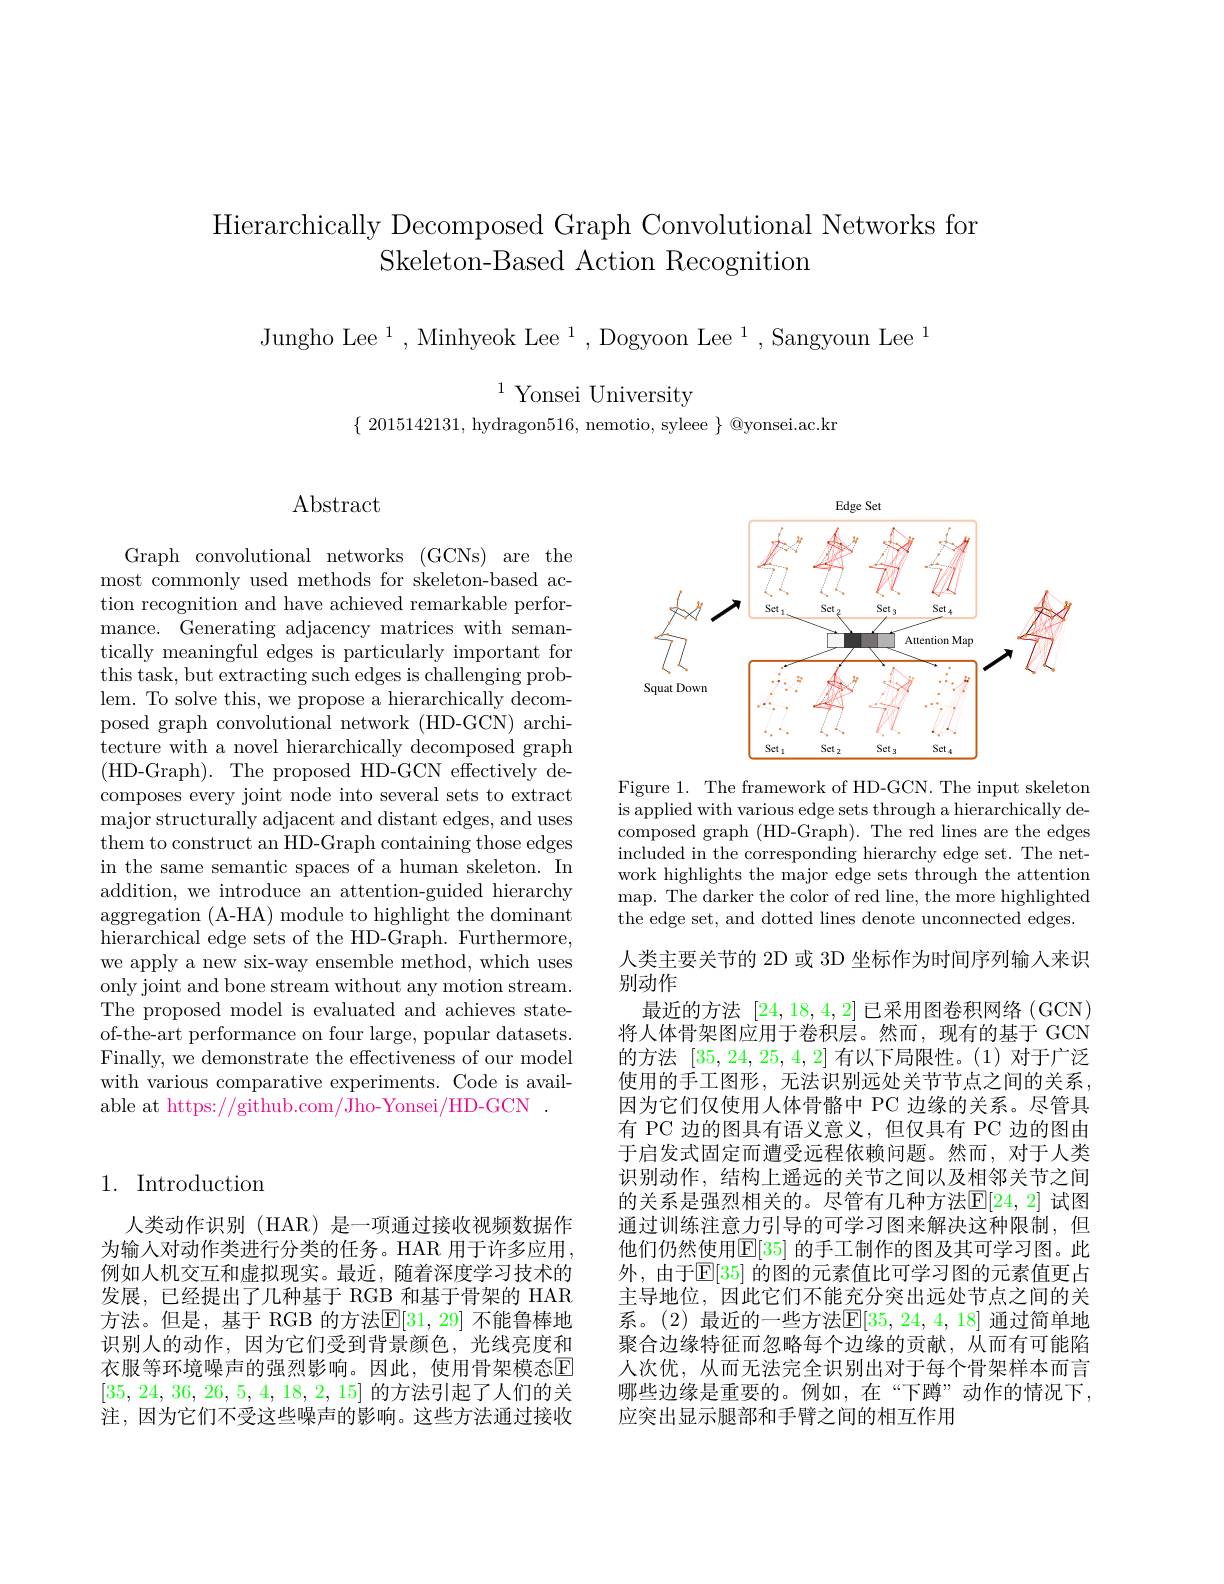
Hierarchically Decomposed Graph Convolutional Networks for

Skeleton-Based Action Recognition

Jungho Lee$^1$,Minhyeok Lee$^1$,Dogyoon Lee$^1$,Sangyoun Lee$^1$

$^{1}$ Yonsei University

$\{\begin{array}{cc}2015142131,&\text{hydragon}516,&\text{nemotio, syleee}\end{array}\}\begin{array}{c}\textcircled{\text{Qyonsei.ac.kn}}\\\end{array}$

Abstract

Graph convolutional networks (GCNs) are the most commonly used methods for skeleton-based action recognition and have achieved remarkable performance. Generating adjacency matrices with semantically meaningful edges is particularly important for this task, but extracting such edges is challenging problem. To solve this, we propose a hierarchically decomposed graph convolutional network (HD-GCN) architecture with a novel hierarchically decomposed graph (HD-Graph).The proposed HD-GCN effectively decomposes every joint node into several sets to extract major structurally adjacent and distant edges, and uses them to construct an HD-Graph containing those edges in the same semantic spaces of a human skeleton. In addition, we introduce an attention-guided hierarchy aggregation (A-HA) module to highlight the dominant hierarchical edge sets of the HD-Graph. Furthermore, we apply a new six-way ensemble method, which uses only joint and bone stream without any motion stream. The proposed model is evaluated and achieves stateof-the-art performance on four large, popular datasets. Finally, we demonstrate the effectiveness of our model with various comparative experiments. Code is available at https://github.com/Jho-Yonsei/HD-GCN~.

## 1. Introduction

人类动作识别 (HAR) 是一项通过接收视频数据作为输人对动作类进行分类的任务。HAR 用于许多应用例如人机交互和虚拟现实。最近，随着深度学习技术的发展，已经提出了几种基于 RGB 和基于骨架的 HAR 方法。但是，基于 RGB 的方法$\mathbb{E}[31,29]$ 不能鲁棒地识别人的动作，因为它们受到背景颜色，光线亮度和衣服等环境噪声的强烈影响。因此，使用骨架模态$\mathbb{E}$ [35, 24, 36, 26, 5, 4, 18, 2, 15]的方法引起了人们的关注，因为它们不受这些噪声的影响。这些方法通过接收

<FigureHere>

Figure 1. The framework of HD-GCN. The input skeleton is applied with various edge sets through a hierarchically decomposed graph (HD-Graph). The red lines are the edges included in the corresponding hierarchy edge set. The network highlights the major edge sets through the attention map. The darker the color of red line, the more highlighted the edge set, and dotted lines denote unconnected edges.

人类主要关节的 2D 或 3D 坐标作为时间序列输入来识
别动作
最近的方法[24,18,4,2]已采用图卷积网络 (GCN) 将人体骨架图应用于卷积层。然而，现有的基于 GCN 的方法[35,24,25,4,2]有以下局限性。(1)对于广泛使用的手工图形，无法识别远处关节节点之间的关系， 因为它们仅使用人体骨骼中 PC 边缘的关系。尽管具有 PC 边的图具有语义意义，但仅具有 PC 边的图由于启发式固定而遭受远程依赖问题。然而，对于人类识别动作，结构上遥远的关节之间以及相邻关节之间的关系是强烈相关的。尽管有几种方法$\mathbb{E}[24,2]$ 试图通过训练注意力引导的可学习图来解决这种限制，但他们仍然使用$\mathbb{E}[35]$ 的手工制作的图及其可学习图。此外，由于$\mathbb{E}[35]$ 的图的元素值比可学习图的元素值更占主导地位，因此它们不能充分突出远处节点之间的关系。(2) 最近的一些方法$\mathbb{E}[35,24,4,18]$ 通过简单地聚合边缘特征而忽略每个边缘的贡献，从而有可能陷人次优，从而无法完全识别出对于每个骨架样本而言哪些边缘是重要的。例如，在“下蹲”动作的情况下， 应突出显示腿部和手臂之间的相互作用